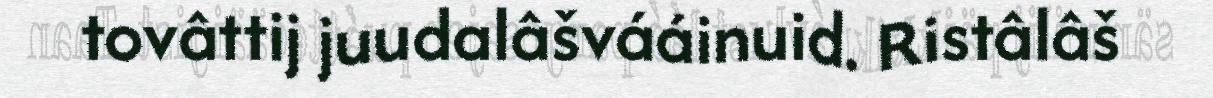
tovâttij juudalâšvááinuid. Ristâlâš